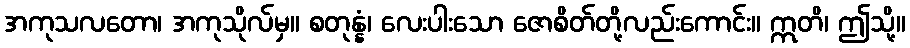
အကုသလတော၊ အကုသိုလ်မှ။ စတုန္နံ၊ လေးပါးသော ဇောစိတ်တို့လည်းကောင်း။ ဣတိ၊ ဤသို့။